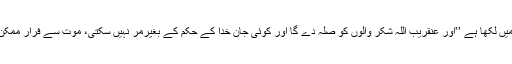
قرآن میں لکھا ہے ’’اور عنقریب اللہ شکر والوں کو صلہ دے گا اور کوئی جان خدا کے حکم کے بغیرمر نہیں سکتی، موت سے فرار ممکن نہیں۔